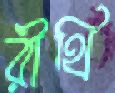
রীথি